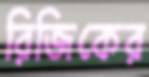
রিজিকের